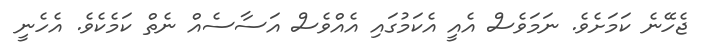
ޖެހޭނެ ކަމަށެވެ. ނަމަވެސް އެއީ އެކަމުގައި އެއްވެސް އަސާސެއް ނެތް ކަމެކެވެ. އެހެނީ